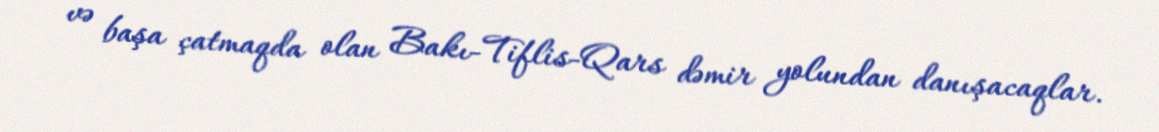
və başa çatmaqda olan Bakı-Tiflis-Qars dəmir yolundan danışacaqlar.